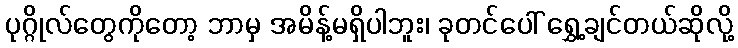
ပုဂ္ဂိုလ်တွေကိုတော့ ဘာမှ အမိန့်မရှိပါဘူး၊ ခုတင်ပေါ် ရွှေ့ချင်တယ်ဆိုလို့